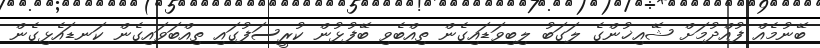
ބޭނުމެއް ފުއްދުމަށް ޝޭއިޚުންގެ ލަގަބު ލިބިވަޑައިގެން ތިއްބެވި ބޭފުޅުން ކުރީސަފުގައި ތިއްބަވައިގެން ކަނޑައެޅިގެން